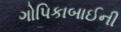
ગોપિકાબાઈની